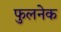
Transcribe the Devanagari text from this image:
फुलनेक